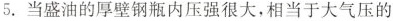
5.当盛油的厚壁钢瓶内压强很大，相当于大气压的